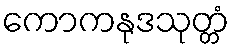
ကောကနုဒသုတ္တံ